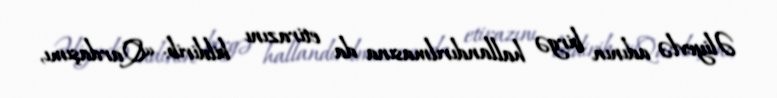
Əliyevlə adının birgə hallandırılmasına da etirazını bildirib: «Qardaşımı,